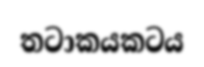
තටාකයකටය